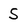
Character: S